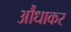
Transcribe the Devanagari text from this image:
औंधाकर